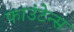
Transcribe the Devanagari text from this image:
फाउंटेन्स